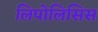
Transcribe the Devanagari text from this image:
लिपोलिसिस